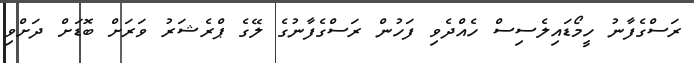
ރަސްގެފާނު ހީމޯޑައިލެސިސް ހެއްދެވި ފަހުން ރަސްގެފާނުގެ ލޭގެ ޕްރެޝަރު ވަރަށް ބޮޑަށް ދަށްވި